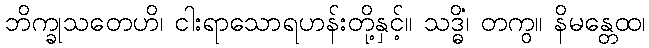
ဘိက္ခုသတေဟိ၊ ငါးရာသောရဟန်းတို့နှင့်။ သဒ္ဓိံ၊ တကွ။ နိမန္တေထ၊